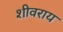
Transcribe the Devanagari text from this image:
शीवराय